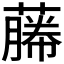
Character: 𬞡